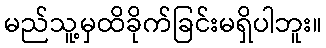
မည်သူ့မှထိခိုက်ခြင်းမရှိပါဘူး။